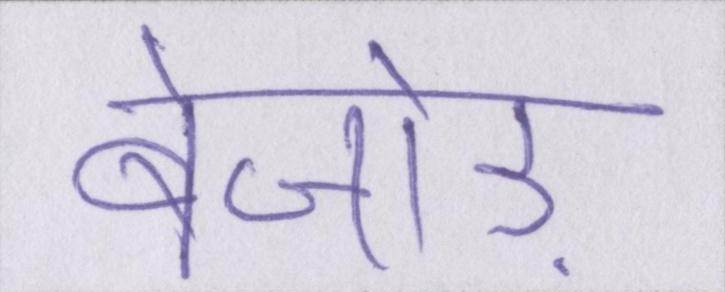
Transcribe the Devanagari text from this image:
बेजोड़